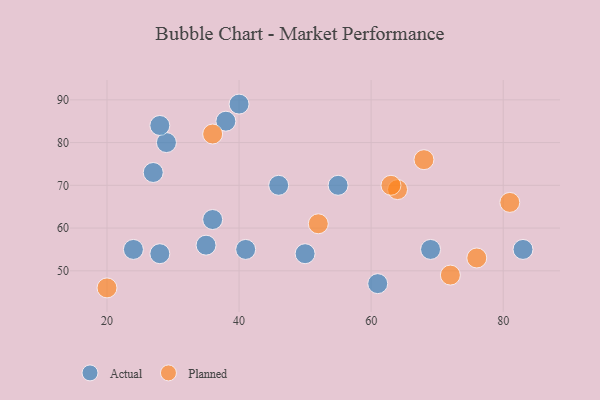
{"axis": {"x": "GDP", "y": "Life Expectancy"}, "legend": ["Actual", "Planned"], "data": [{"x": "50", "y": 54, "type": "Actual"}, {"x": "40", "y": 89, "type": "Actual"}, {"x": "27", "y": 73, "type": "Actual"}, {"x": "28", "y": 54, "type": "Actual"}, {"x": "29", "y": 80, "type": "Actual"}, {"x": "55", "y": 70, "type": "Actual"}, {"x": "38", "y": 85, "type": "Actual"}, {"x": "36", "y": 62, "type": "Actual"}, {"x": "41", "y": 55, "type": "Actual"}, {"x": "83", "y": 55, "type": "Actual"}, {"x": "46", "y": 70, "type": "Actual"}, {"x": "35", "y": 56, "type": "Actual"}, {"x": "28", "y": 84, "type": "Actual"}, {"x": "69", "y": 55, "type": "Actual"}, {"x": "24", "y": 55, "type": "Actual"}, {"x": "61", "y": 47, "type": "Actual"}, {"x": "64", "y": 69, "type": "Planned"}, {"x": "20", "y": 46, "type": "Planned"}, {"x": "36", "y": 82, "type": "Planned"}, {"x": "52", "y": 61, "type": "Planned"}, {"x": "63", "y": 70, "type": "Planned"}, {"x": "72", "y": 49, "type": "Planned"}, {"x": "76", "y": 53, "type": "Planned"}, {"x": "81", "y": 66, "type": "Planned"}, {"x": "68", "y": 76, "type": "Planned"}]}